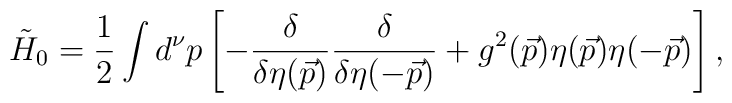
{\tilde{H}}_0={1\over 2} \int d^{\nu} p \left[- {{\delta}\over {\delta \eta (\vec{p})}}  {{\delta}\over {\delta \eta (-\vec{p})}} + g^2(\vec{p})\eta(\vec{p}) \eta(-\vec{p}) \right],